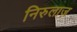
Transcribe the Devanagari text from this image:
निरुलाज़